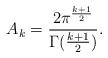
LaTeX: \begin{align*}A_{k} = \frac{2\pi^{\frac{k+1}2}}{\Gamma(\frac{k+1}2)}.\end{align*}